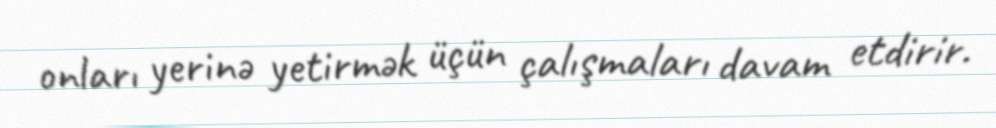
onları yerinə yetirmək üçün çalışmaları davam etdirir.